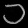
Digit: ၁